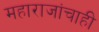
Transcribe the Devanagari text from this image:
महाराजांचाही